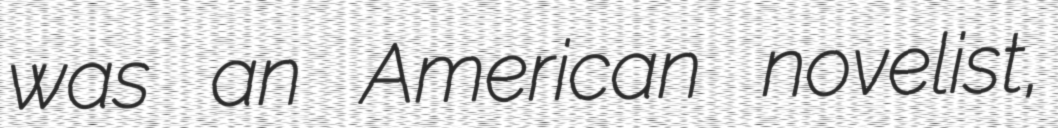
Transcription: was an American novelist,